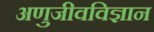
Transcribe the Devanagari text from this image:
अणुजीवविज्ञान